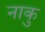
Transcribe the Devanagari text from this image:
नाकु